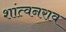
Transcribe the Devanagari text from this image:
शांत्वनराव